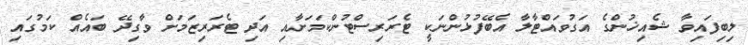
ލިބިފައިވާ ޝެއިޚުންގެ އަގުވައްޓާލާ އެބޭފުޅުންނަކީ ޓެރަރިސްޓުންކަމަށާއި އަދި ޓެރަރިޒަމަށް ވާގިދޭ ބައެއް ކަމުގައި